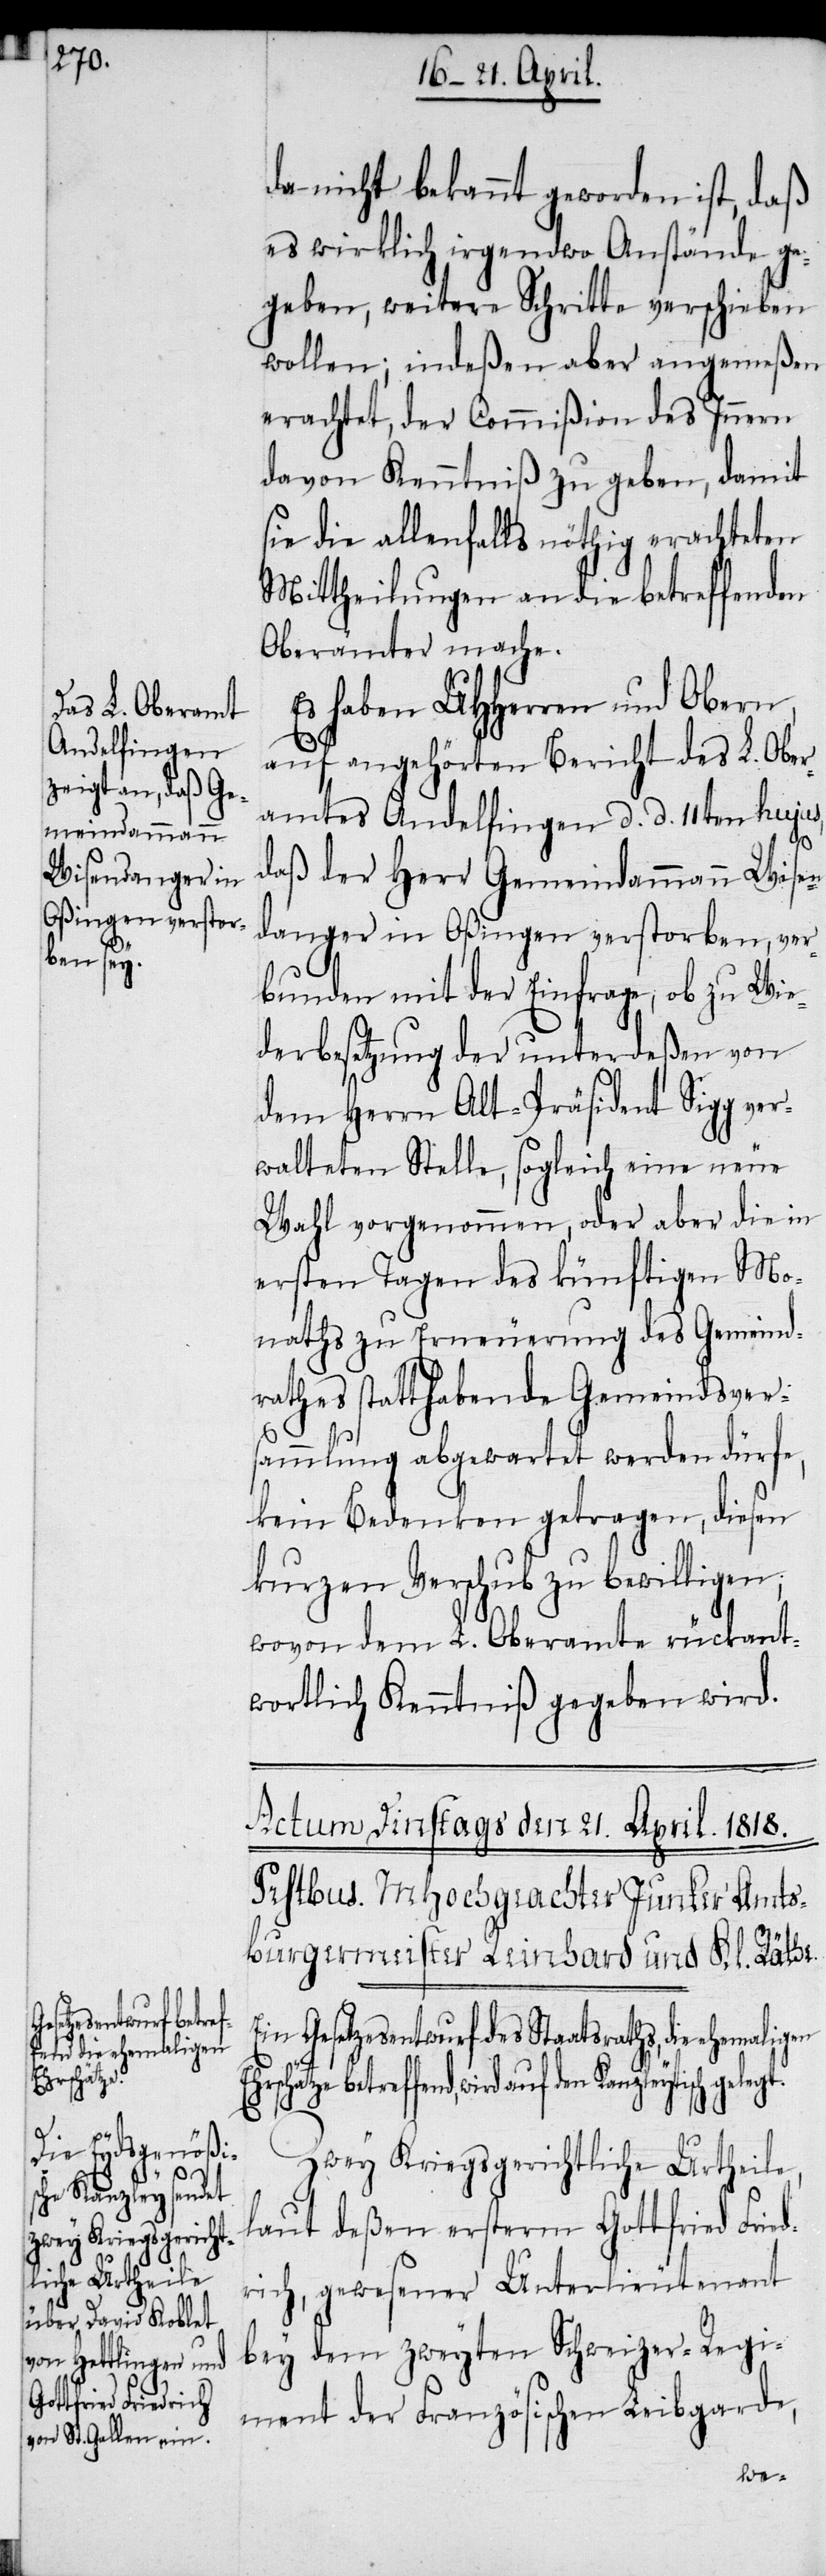
Ehrschätze

da nicht bekannt geworden ist, daß
es wirklich irgendwo Anstände ge¬
geben, weitere Schritte verschieben
wollen; indeßen aber angemeßen
erachtet, der Commißion des Innern
davon Kenntniß zu geben, damit
sie die allenfalls nöthig erachteten
Mittheilungen an die betreffenden
Oberämter mache.
Es haben UHHerren und Obern,
auf angehörten Bericht des L. Ober¬
amtes Andelfingen d. d. 11ten hujus,
daß der Herr Gemeindammann Wisen¬
danger in Oßingen verstorben, ver¬
bunden mit der Einfrage, ob zu Wie¬
derbesetzung der unterdeßen von
dem Herrn Alt-Präsident Sigg ver¬
walteten Stelle, sogleich eine neue
Wahl vorgenommen, oder aber die in
ersten Tagen des künftigen Mo¬
naths zu Erneuerung des Gemeind¬
rathes statt habende Gemeindsver¬
sammlung abgewartet werden dürfe,
kein Bedenken getragen, diesen
kurzen Verschub zu bewilligen,
wovon dem L. Oberamte rückant¬
wortlich Kenntniß gegeben wird.
Ein Gesetzesentwurf des Staatsraths, die ehemaligen
betreffend, wird auf den Kanzleytisch
Zwey Kreigsgerichtliche Urtheile,
laut deßen ersterm Gottfried Fried¬
rich, gewesener Unterlieutenant
bey dem zweyten Schweizer-Regi¬
ment der Französischen Leibgarde,